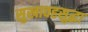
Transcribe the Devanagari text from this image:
सुखावहसुद्धा